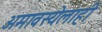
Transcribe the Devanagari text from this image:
अमावस्येलाही